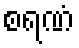
စရဏံ